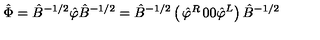
\hat { \Phi } = \hat { B } ^ { - 1 / 2 } \hat { \varphi } \hat { B } ^ { - 1 / 2 } = \hat { B } ^ { - 1 / 2 } \left( \begin{matrix} { \hat { \varphi } ^ { R } } & { 0 } \\ { 0 } & { \hat { \varphi } ^ { L } } \\ \end{matrix} \right) \hat { B } ^ { - 1 / 2 }